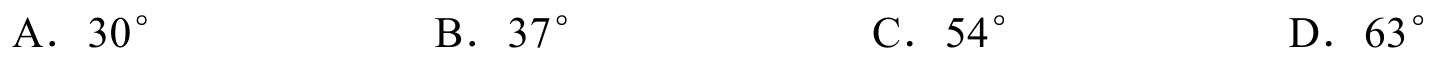
A. $30^{\circ}$  B. $37^{\circ}$  C. $54^{\circ}$  D. $63^{\circ}$